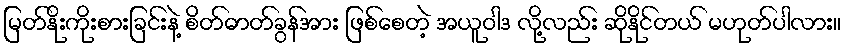
မြတ်နိုးကိုးစားခြင်းနဲ့ စိတ်ဓာတ်ခွန်အား ဖြစ်စေတဲ့ အယူဝါဒ လို့လည်း ဆိုနိုင်တယ် မဟုတ်ပါလား။